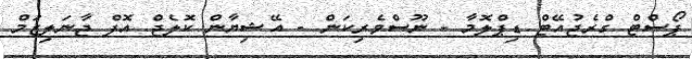
ޕޯސްޓް ގްރެޖުއޭޓް ޑިޕްލޮމާ - ނޫސްވެރިކަން - އޭޝިޔާން ކޮލެޖް އޮފް ޖާނަލިޒަމް